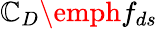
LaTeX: \mathbb{C}_{D}\emph{{f}}_{ds}